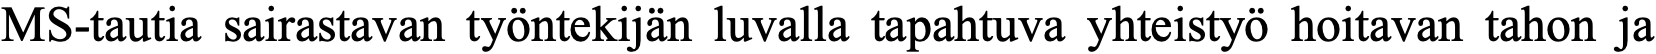
MS-tautia sairastavan työntekijän luvalla tapahtuva yhteistyö hoitavan tahon ja